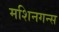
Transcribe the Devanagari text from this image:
मशिनगन्स